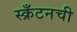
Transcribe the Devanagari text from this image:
स्क्रँटनची